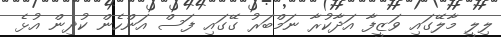
ލިލީ މާލޭގައި ވަޒީފާ އަދާކުރާ ނަމްބަރު ގޭގައި ފަސް އަންހެން ކުދިން އުޅެ